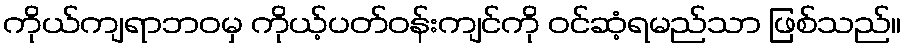
ကိုယ်ကျရာဘဝမှ ကိုယ့်ပတ်ဝန်းကျင်ကို ဝင်ဆံ့ရမည်သာ ဖြစ်သည်။